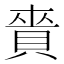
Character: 𧶐